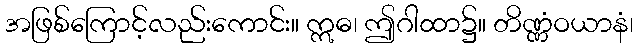
အဖြစ်ကြောင့်လည်းကောင်း။ ဣဓ၊ ဤဂါထာ၌။ တိဏ္ဏံဝယာနံ၊